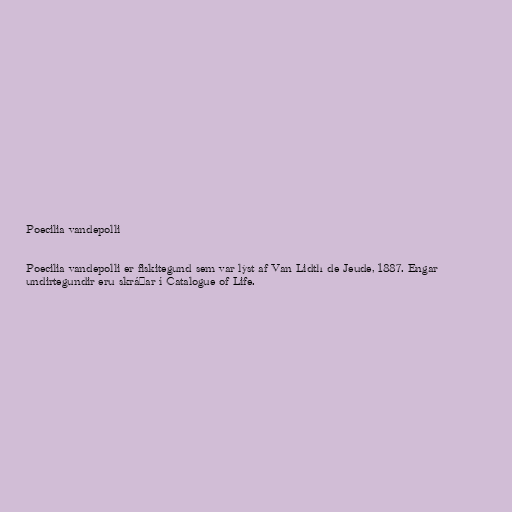
Poecilia vandepolli

Poecilia vandepolli er fiskitegund sem var lýst af Van Lidth de Jeude, 1887. Engar
undirtegundir eru skráðar í Catalogue of Life.